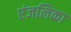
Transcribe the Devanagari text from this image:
एंजलिका